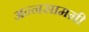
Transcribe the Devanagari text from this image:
अन्नसामग्री